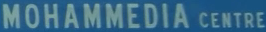
MOHAMMEDIA CENTRE